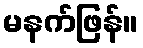
မနက်ဖြန်။